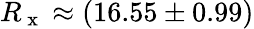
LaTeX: R_{\mathrm{~x~}}\approx(16.55\pm 0.99)